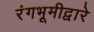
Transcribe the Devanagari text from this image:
रंगभूमीद्वारे